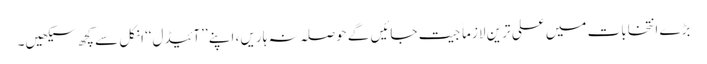
بڑے انتخابات میں علی ترین لازماً جیت جائیں گے حوصلہ نہ ہاریں ، اپنے ’’آئیڈل‘‘ انکل سے کچھ سیکھیں۔